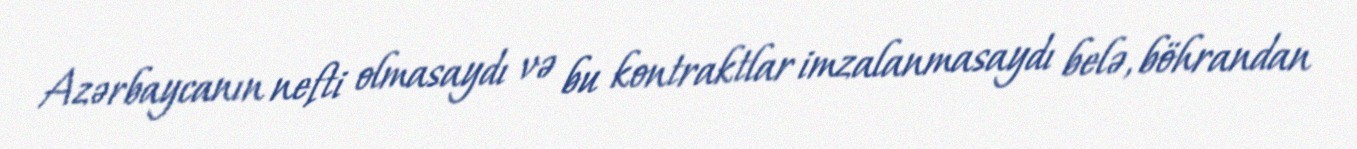
Azərbaycanın nefti olmasaydı və bu kontraktlar imzalanmasaydı belə, böhrandan